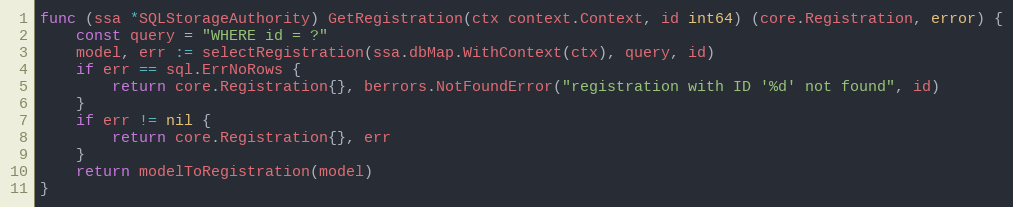
Language: Go
func (ssa *SQLStorageAuthority) GetRegistration(ctx context.Context, id int64) (core.Registration, error) {
	const query = "WHERE id = ?"
	model, err := selectRegistration(ssa.dbMap.WithContext(ctx), query, id)
	if err == sql.ErrNoRows {
		return core.Registration{}, berrors.NotFoundError("registration with ID '%d' not found", id)
	}
	if err != nil {
		return core.Registration{}, err
	}
	return modelToRegistration(model)
}